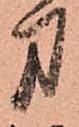
方